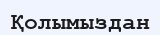
Қолымыздан